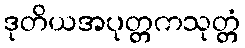
ဒုတိယအပုတ္တကသုတ္တံ